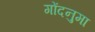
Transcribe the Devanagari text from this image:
गोंदनुमा